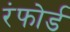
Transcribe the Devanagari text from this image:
रंफोर्ड